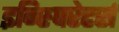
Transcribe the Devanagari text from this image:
इन्स्पिरेटर्स